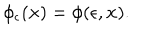
LaTeX: \phi _ { \epsilon } ( { \bf x } ) = \phi ( \epsilon , { \bf x } ) .